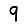
Digit: 9